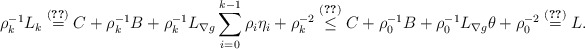
\begin{align*}\rho_k^{-1}L_k\overset{\eqref{conic-L} }{=}C+\rho_k^{-1}B+\rho_k^{-1}L_{\nabla g}\sum_{i=0}^{k-1}\rho_i\eta_i+\rho_k^{-2}\overset{\eqref{def1}}{\leq} C+\rho_0^{-1}B+\rho_0^{-1}L_{\nabla g}\theta+\rho_0^{-2}\overset{\eqref{def2}}{=}L.\end{align*}